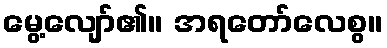
မွေ့လျော်၏။ အရတော်လေစွ။